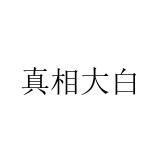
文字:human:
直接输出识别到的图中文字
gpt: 真相大白